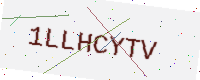
Text: 1LLHCYTV